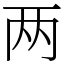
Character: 两